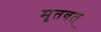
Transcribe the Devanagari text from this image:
मृतवत्